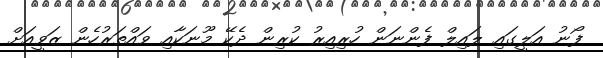
ފޯނު އަލީގައި ލައިލް ފެންނަން ހުރިއިރު ކުރިން ދެކޭ މޫނަކާއި ވައްތަރުހެން ޒަވީއަށް